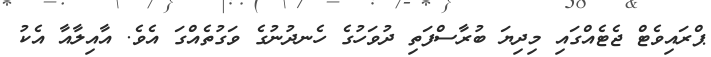
ޕްރައިވެޓް ޖެޓެއްގައި މިދިޔަ ބުރާސްފަތި ދުވަހުގެ ހެނދުނުގެ ވަގުތެއްގަ އެވެ. އާއިލާއާ އެކު